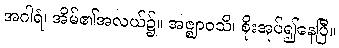
အဂါရံ၊ အိမ်၏အလယ်၌။ အဇ္ဈာဝသိ၊ စိုးအုပ်၍နေပြီ။